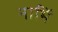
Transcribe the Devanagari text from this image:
नाभिं